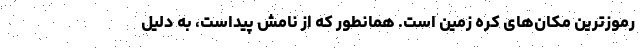
رموزترین مکان‌های کره زمین است. همانطور که از نامش پیداست، به دلیل